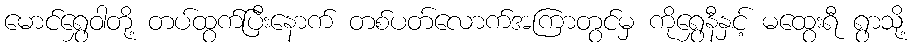
မောင်ရွှေဝါတို့ တပ်ထွက်ပြီးနောက် တစ်ပတ်လောက်အကြာတွင်မှ ကိုရွှေနီနှင့် မထွေးရီ ရွာသို့